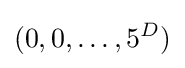
(0,0,\dots ,5^{D})